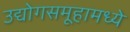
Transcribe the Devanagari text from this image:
उद्योगसमूहामध्ये